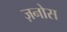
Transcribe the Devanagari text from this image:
ज़नोस